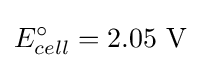
E_{cell}^{\circ }=2.05{\text{ V}}